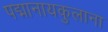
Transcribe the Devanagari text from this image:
पद्मानायकुलाना